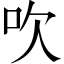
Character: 吹